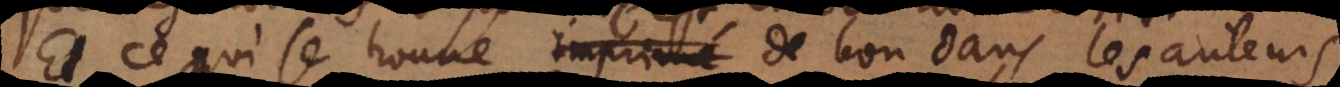
Et ce qui se trouve imprimé de bon dans les auteurs